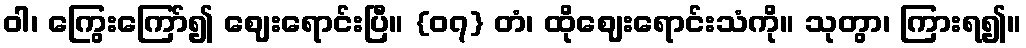
ဝါ၊ ကြွေးကြော်၍ ဈေးရောင်းပြီ။ {၀၇} တံ၊ ထိုဈေးရောင်းသံကို။ သုတွာ၊ ကြားရ၍။